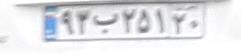
۹۲ب۲۵۱۲۰